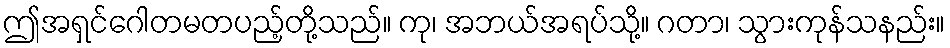
ဤအရှင်ဂေါတမတပည့်တို့သည်။ ကု၊ အဘယ်အရပ်သို့။ ဂတာ၊ သွားကုန်သနည်း။